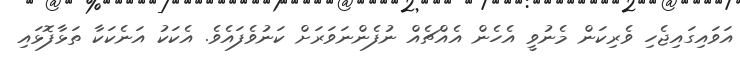
އަވައިގައިޖެހި ވެރިކަން މެނުވީ އެހެން އެއްޗެއް ނުފެންނަވަރަށް ކަނުވެފައެވެ. އެކަކު އަނެކަކާ ތަޅާފޮޅައި